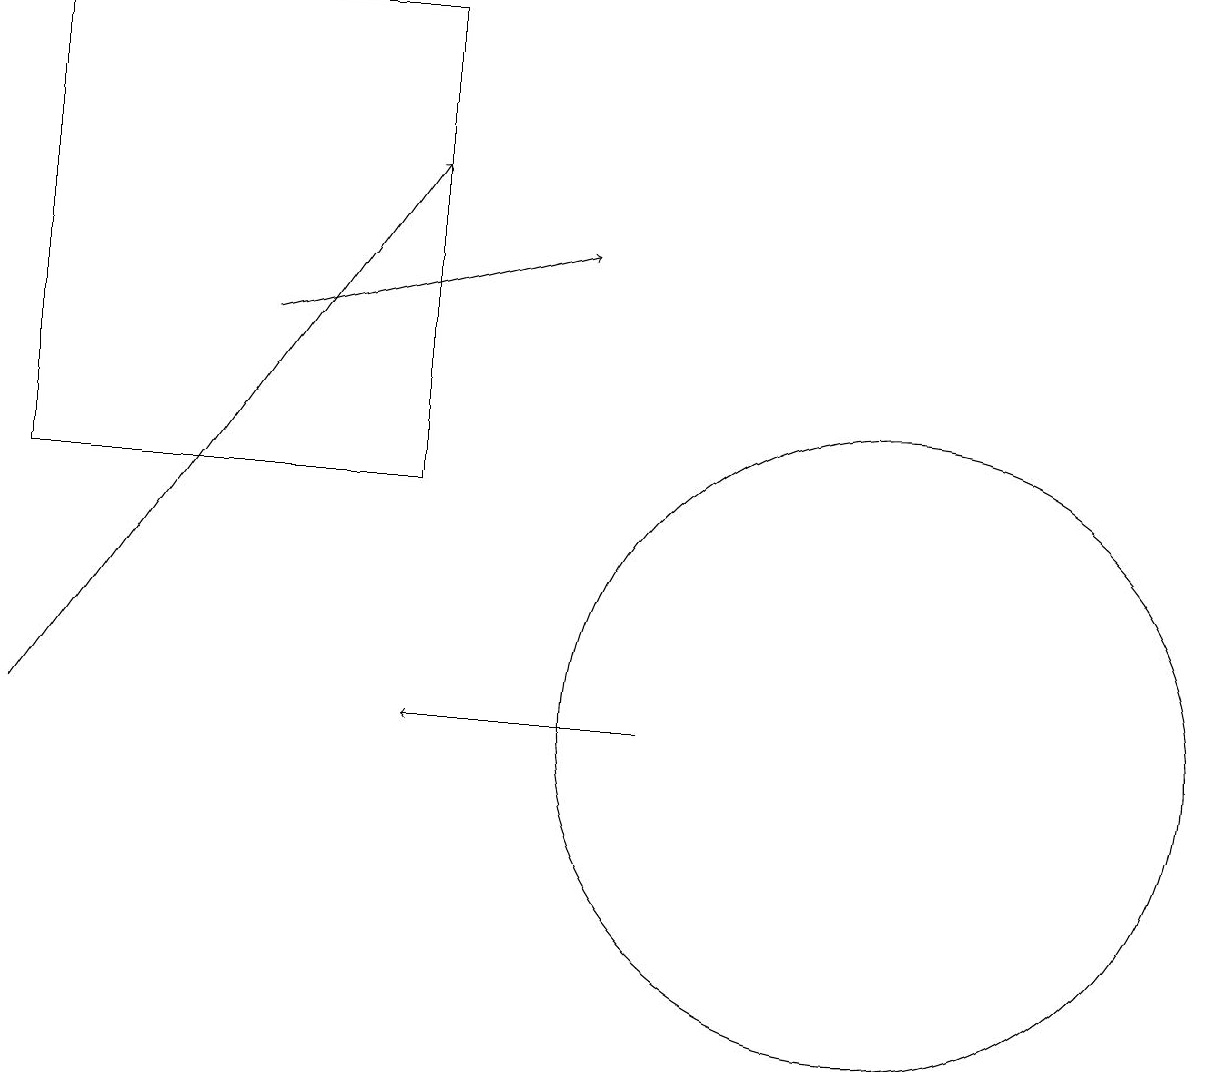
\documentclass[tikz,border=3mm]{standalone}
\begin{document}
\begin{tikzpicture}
\draw (11,10) circle (4);
\draw[->] (3,15) -- (7,16);
\draw[->] (0,10) -- (5,17);
\draw[->] (8,10) -- (5,10);
\draw (5,13) rectangle (0,19);
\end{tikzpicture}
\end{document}